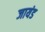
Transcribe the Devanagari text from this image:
जायंड